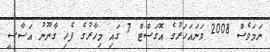
ނަމަވެސް 2008 ވަނައަހަރުގެ އޮގަސްޓް 7 ގައި މިހާރުގެ ފެހި ގާނޫނު އަސާސީ